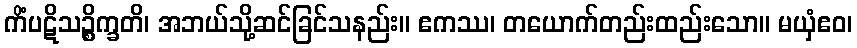
ကိံပဋိသဉ္စိက္ခတိ၊ အဘယ်သို့ဆင်ခြင်သနည်း။ ဧကဿ၊ တယောက်တည်းထည်းသော။ မယှံဧဝ၊